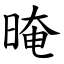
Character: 晻